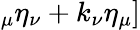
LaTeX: _{\mu}\eta_{\nu}+k_{\nu}\eta_{\mu}]